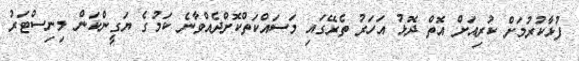
ފުޅާކުރުމަށް ކުރިއަށް އޮތް ދޮޅު އަހަރު ތެރޭގައި މަސައްކަތްކޮށްދެއްވާނެ ކަމުގެ ޔަގީންކަން މިނިސްޓަރު